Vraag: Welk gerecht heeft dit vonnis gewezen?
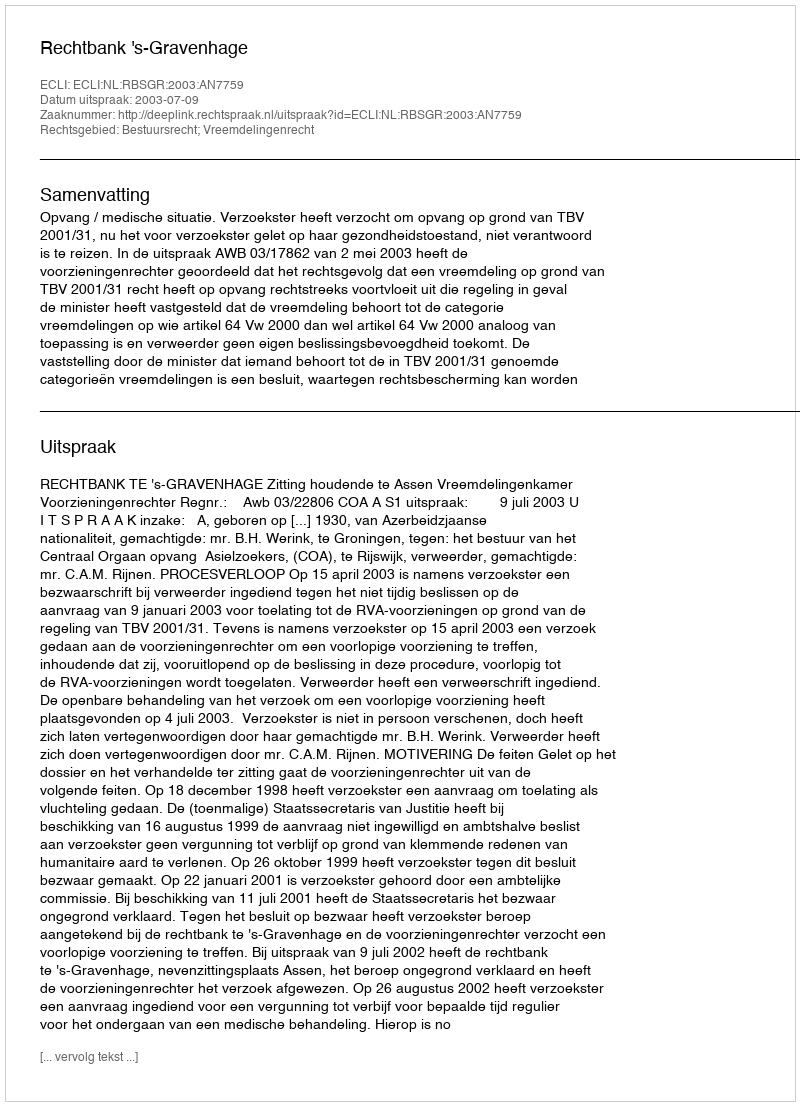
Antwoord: Rechtbank 's-Gravenhage